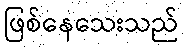
ဖြစ်နေသေးသည်